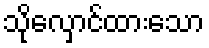
သိုလှောင်ထားသော